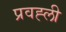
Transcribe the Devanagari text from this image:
प्रवह्ली